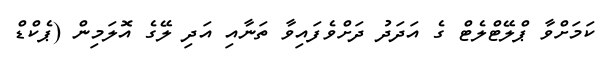
ކަމަށްވާ ޕްލޭޓްލެޓް ގެ އަދަދު ދަށްވެފައިވާ ތަނާއި އަދި ލޭގެ އޮލަމިން (ޕެކްޑް